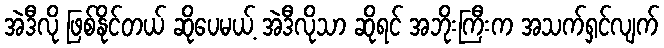
အဲဒီလို ဖြစ်နိုင်တယ် ဆိုပေမယ့် အဲဒီလိုသာ ဆိုရင် အဘိုးကြီးက အသက်ရှင်လျက်